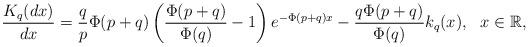
LaTeX: \begin{align*}\frac{K_q(dx)}{dx}=\frac{q}{p}\Phi(p+q)\left(\frac{\Phi(p+q)}{\Phi(q)}-1\right)e^{-\Phi(p+q)x}-\frac{q\Phi(p+q)}{\Phi(q)}k_q(x),\ \ x \in \mathbb R,\end{align*}